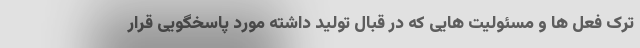
ترک فعل ها و مسئولیت هایی که در قبال تولید داشته مورد پاسخگویی قرار